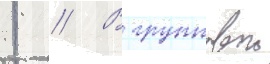
1 // В групповои